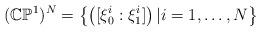
LaTeX: \begin{align*}(\mathbb{CP}^1)^N = \left\{ \left( [\xi_0^i: \xi_1^i] \right) | i=1, \ldots, N \right\} \end{align*}